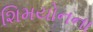
શિમયોનના